Subject: eess
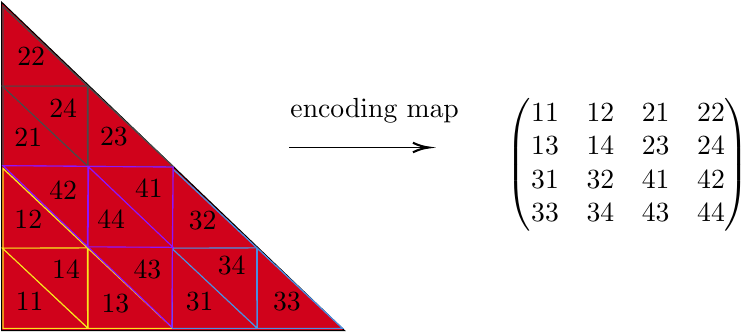
LaTeX code:
\begin{tikzpicture}[x=0.75pt,y=0.75pt,yscale=-0.7,xscale=0.7]

\draw  [fill={rgb, 255:red, 208; green, 2; blue, 27 }  ,fill opacity=1 ] (31,21) -- (267,247) -- (31,247) -- cycle ;
\draw  [color={rgb, 255:red, 248; green, 231; blue, 28 }  ,draw opacity=1 ][fill={rgb, 255:red, 208; green, 2; blue, 27 }  ,fill opacity=1 ] (32,135.53) -- (149,245.47) -- (32,245.47) -- cycle ;
\draw  [color={rgb, 255:red, 248; green, 231; blue, 28 }  ,draw opacity=1 ][fill={rgb, 255:red, 208; green, 2; blue, 27 }  ,fill opacity=1 ] (90.5,190.5) -- (149,245.47) -- (90.5,245.47) -- cycle ;
\draw  [color={rgb, 255:red, 248; green, 231; blue, 28 }  ,draw opacity=1 ][fill={rgb, 255:red, 208; green, 2; blue, 27 }  ,fill opacity=1 ] (32,135.53) -- (90.5,190.5) -- (32,190.5) -- cycle ;
\draw  [color={rgb, 255:red, 248; green, 231; blue, 28 }  ,draw opacity=1 ][fill={rgb, 255:red, 208; green, 2; blue, 27 }  ,fill opacity=1 ] (32,190.5) -- (90.5,245.47) -- (32,245.47) -- cycle ;
\draw  [color={rgb, 255:red, 248; green, 231; blue, 28 }  ,draw opacity=1 ][fill={rgb, 255:red, 208; green, 2; blue, 27 }  ,fill opacity=1 ] (90.16,245.09) -- (31.52,190.27) -- (90.02,190.11) -- cycle ;

\draw  [color={rgb, 255:red, 74; green, 74; blue, 74 }  ,draw opacity=1 ][fill={rgb, 255:red, 208; green, 2; blue, 27 }  ,fill opacity=1 ] (32,24.05) -- (149,134) -- (32,134) -- cycle ;
\draw  [color={rgb, 255:red, 74; green, 74; blue, 74 }  ,draw opacity=1 ][fill={rgb, 255:red, 208; green, 2; blue, 27 }  ,fill opacity=1 ] (90.5,79.03) -- (149,134) -- (90.5,134) -- cycle ;
\draw  [color={rgb, 255:red, 74; green, 74; blue, 74 }  ,draw opacity=1 ][fill={rgb, 255:red, 208; green, 2; blue, 27 }  ,fill opacity=1 ] (32,24.05) -- (90.5,79.03) -- (32,79.03) -- cycle ;
\draw  [color={rgb, 255:red, 74; green, 74; blue, 74 }  ,draw opacity=1 ][fill={rgb, 255:red, 208; green, 2; blue, 27 }  ,fill opacity=1 ] (32,79.03) -- (90.5,134) -- (32,134) -- cycle ;
\draw  [color={rgb, 255:red, 74; green, 74; blue, 74 }  ,draw opacity=1 ][fill={rgb, 255:red, 208; green, 2; blue, 27 }  ,fill opacity=1 ] (90.16,133.61) -- (31.52,78.79) -- (90.02,78.64) -- cycle ;

\draw  [color={rgb, 255:red, 74; green, 144; blue, 226 }  ,draw opacity=1 ][fill={rgb, 255:red, 208; green, 2; blue, 27 }  ,fill opacity=1 ] (148.51,135.53) -- (265.51,245.47) -- (148.51,245.47) -- cycle ;
\draw  [color={rgb, 255:red, 74; green, 144; blue, 226 }  ,draw opacity=1 ][fill={rgb, 255:red, 208; green, 2; blue, 27 }  ,fill opacity=1 ] (207.01,190.5) -- (265.51,245.47) -- (207.01,245.47) -- cycle ;
\draw  [color={rgb, 255:red, 74; green, 144; blue, 226 }  ,draw opacity=1 ][fill={rgb, 255:red, 208; green, 2; blue, 27 }  ,fill opacity=1 ] (148.51,135.53) -- (207.01,190.5) -- (148.51,190.5) -- cycle ;
\draw  [color={rgb, 255:red, 74; green, 144; blue, 226 }  ,draw opacity=1 ][fill={rgb, 255:red, 208; green, 2; blue, 27 }  ,fill opacity=1 ] (148.51,190.5) -- (207.01,245.47) -- (148.51,245.47) -- cycle ;
\draw  [color={rgb, 255:red, 74; green, 144; blue, 226 }  ,draw opacity=1 ][fill={rgb, 255:red, 208; green, 2; blue, 27 }  ,fill opacity=1 ] (206.67,245.09) -- (148.03,190.27) -- (206.53,190.11) -- cycle ;

\draw  [color={rgb, 255:red, 144; green, 19; blue, 254 }  ,draw opacity=1 ][fill={rgb, 255:red, 208; green, 2; blue, 27 }  ,fill opacity=1 ] (148.08,244.43) -- (31.97,133.51) -- (148.96,134.49) -- cycle ;
\draw  [color={rgb, 255:red, 144; green, 19; blue, 254 }  ,draw opacity=1 ][fill={rgb, 255:red, 208; green, 2; blue, 27 }  ,fill opacity=1 ] (90.02,188.97) -- (31.97,133.51) -- (90.46,134) -- cycle ;
\draw  [color={rgb, 255:red, 144; green, 19; blue, 254 }  ,draw opacity=1 ][fill={rgb, 255:red, 208; green, 2; blue, 27 }  ,fill opacity=1 ] (148.08,244.43) -- (90.02,188.97) -- (148.52,189.46) -- cycle ;
\draw  [color={rgb, 255:red, 144; green, 19; blue, 254 }  ,draw opacity=1 ][fill={rgb, 255:red, 208; green, 2; blue, 27 }  ,fill opacity=1 ] (148.52,189.46) -- (90.46,134) -- (148.96,134.49) -- cycle ;
\draw  [color={rgb, 255:red, 144; green, 19; blue, 254 }  ,draw opacity=1 ][fill={rgb, 255:red, 208; green, 2; blue, 27 }  ,fill opacity=1 ] (90.8,134.39) -- (149,189.7) -- (90.5,189.36) -- cycle ;

\draw    (229,121) -- (323,121) ;
\draw [shift={(325,121)}, rotate = 180] [color={rgb, 255:red, 0; green, 0; blue, 0 }  ][line width=0.75]    (10.93,-3.29) .. controls (6.95,-1.4) and (3.31,-0.3) .. (0,0) .. controls (3.31,0.3) and (6.95,1.4) .. (10.93,3.29)   ;

\draw (40,50.4) node [anchor=north west][inner sep=0.75pt]  [font=\normalsize]  {$22$};
\draw (62,86.4) node [anchor=north west][inner sep=0.75pt]  [font=\normalsize]  {$24$};
\draw (38,106.4) node [anchor=north west][inner sep=0.75pt]  [font=\normalsize]  {$21$};
\draw (97,105.4) node [anchor=north west][inner sep=0.75pt]  [font=\normalsize]  {$23$};
\draw (62,142.4) node [anchor=north west][inner sep=0.75pt]  [font=\normalsize]  {$42$};
\draw (38,162.4) node [anchor=north west][inner sep=0.75pt]  [font=\normalsize]  {$12$};
\draw (95,162.4) node [anchor=north west][inner sep=0.75pt]  [font=\normalsize]  {$44$};
\draw (121,141.4) node [anchor=north west][inner sep=0.75pt]  [font=\normalsize]  {$41$};
\draw (158,163.4) node [anchor=north west][inner sep=0.75pt]  [font=\normalsize]  {$32$};
\draw (39,219.4) node [anchor=north west][inner sep=0.75pt]  [font=\normalsize]  {$11$};
\draw (64,197.4) node [anchor=north west][inner sep=0.75pt]  [font=\normalsize]  {$14$};
\draw (98,220.4) node [anchor=north west][inner sep=0.75pt]  [font=\normalsize]  {$13$};
\draw (120,197.4) node [anchor=north west][inner sep=0.75pt]  [font=\normalsize]  {$43$};
\draw (156,219.4) node [anchor=north west][inner sep=0.75pt]  [font=\normalsize]  {$31$};
\draw (178,194.4) node [anchor=north west][inner sep=0.75pt]  [font=\normalsize]  {$34$};
\draw (216,219.4) node [anchor=north west][inner sep=0.75pt]  [font=\normalsize]  {$33$};
\draw (377,85.4) node [anchor=north west][inner sep=0.75pt]
{$\begin{pmatrix}
11 & 12 & 21 & 22\\
13 & 14 & 23 & 24\\
31 & 32 & 41 & 42\\
33 & 34 & 43 & 44
\end{pmatrix}$};
\draw (228,85) node [anchor=north west][inner sep=0.75pt]   [align=left] {encoding map};

\end{tikzpicture}